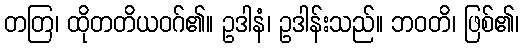
တတြ၊ ထိုတတိယဝဂ်၏။ ဥဒါနံ၊ ဥဒါန်းသည်။ ဘဝတိ၊ ဖြစ်၏၊